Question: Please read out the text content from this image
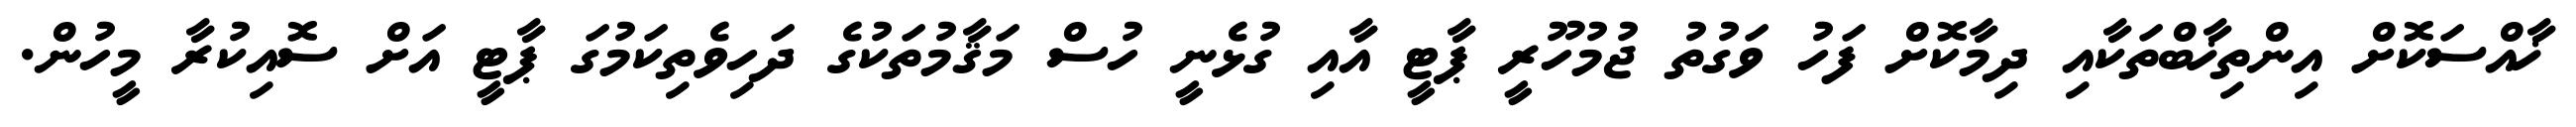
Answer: ޚާއްސަކޮށް އިންތިޚާބްތަކާއި ދިމާކޮށް ފަހު ވަގުތު ޖުމުހޫރީ ޕާޓީ އާއި ގުޅެނީ ހުސް މަޤާމުތަކުގެ ދަހިވެތިކަމުގަ ޕާޓީ އަށް ސޮއިކުރާ މީހުން.